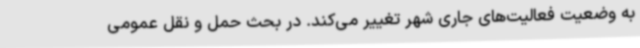
به وضعیت فعالیت‌های جاری شهر تغییر می‌کند. در بحث حمل و نقل عمومی